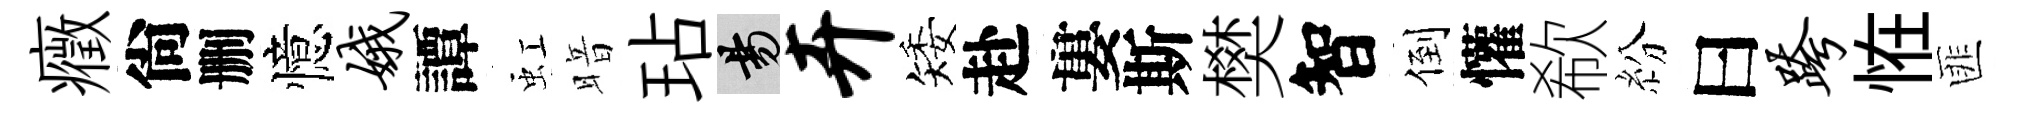
癥尙删憶娥譚虹暗玷昜卉矮赴婁斯樊智倒懽欷紛曰跨恠匪